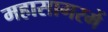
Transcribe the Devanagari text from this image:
महासागरमें